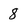
Character: 8